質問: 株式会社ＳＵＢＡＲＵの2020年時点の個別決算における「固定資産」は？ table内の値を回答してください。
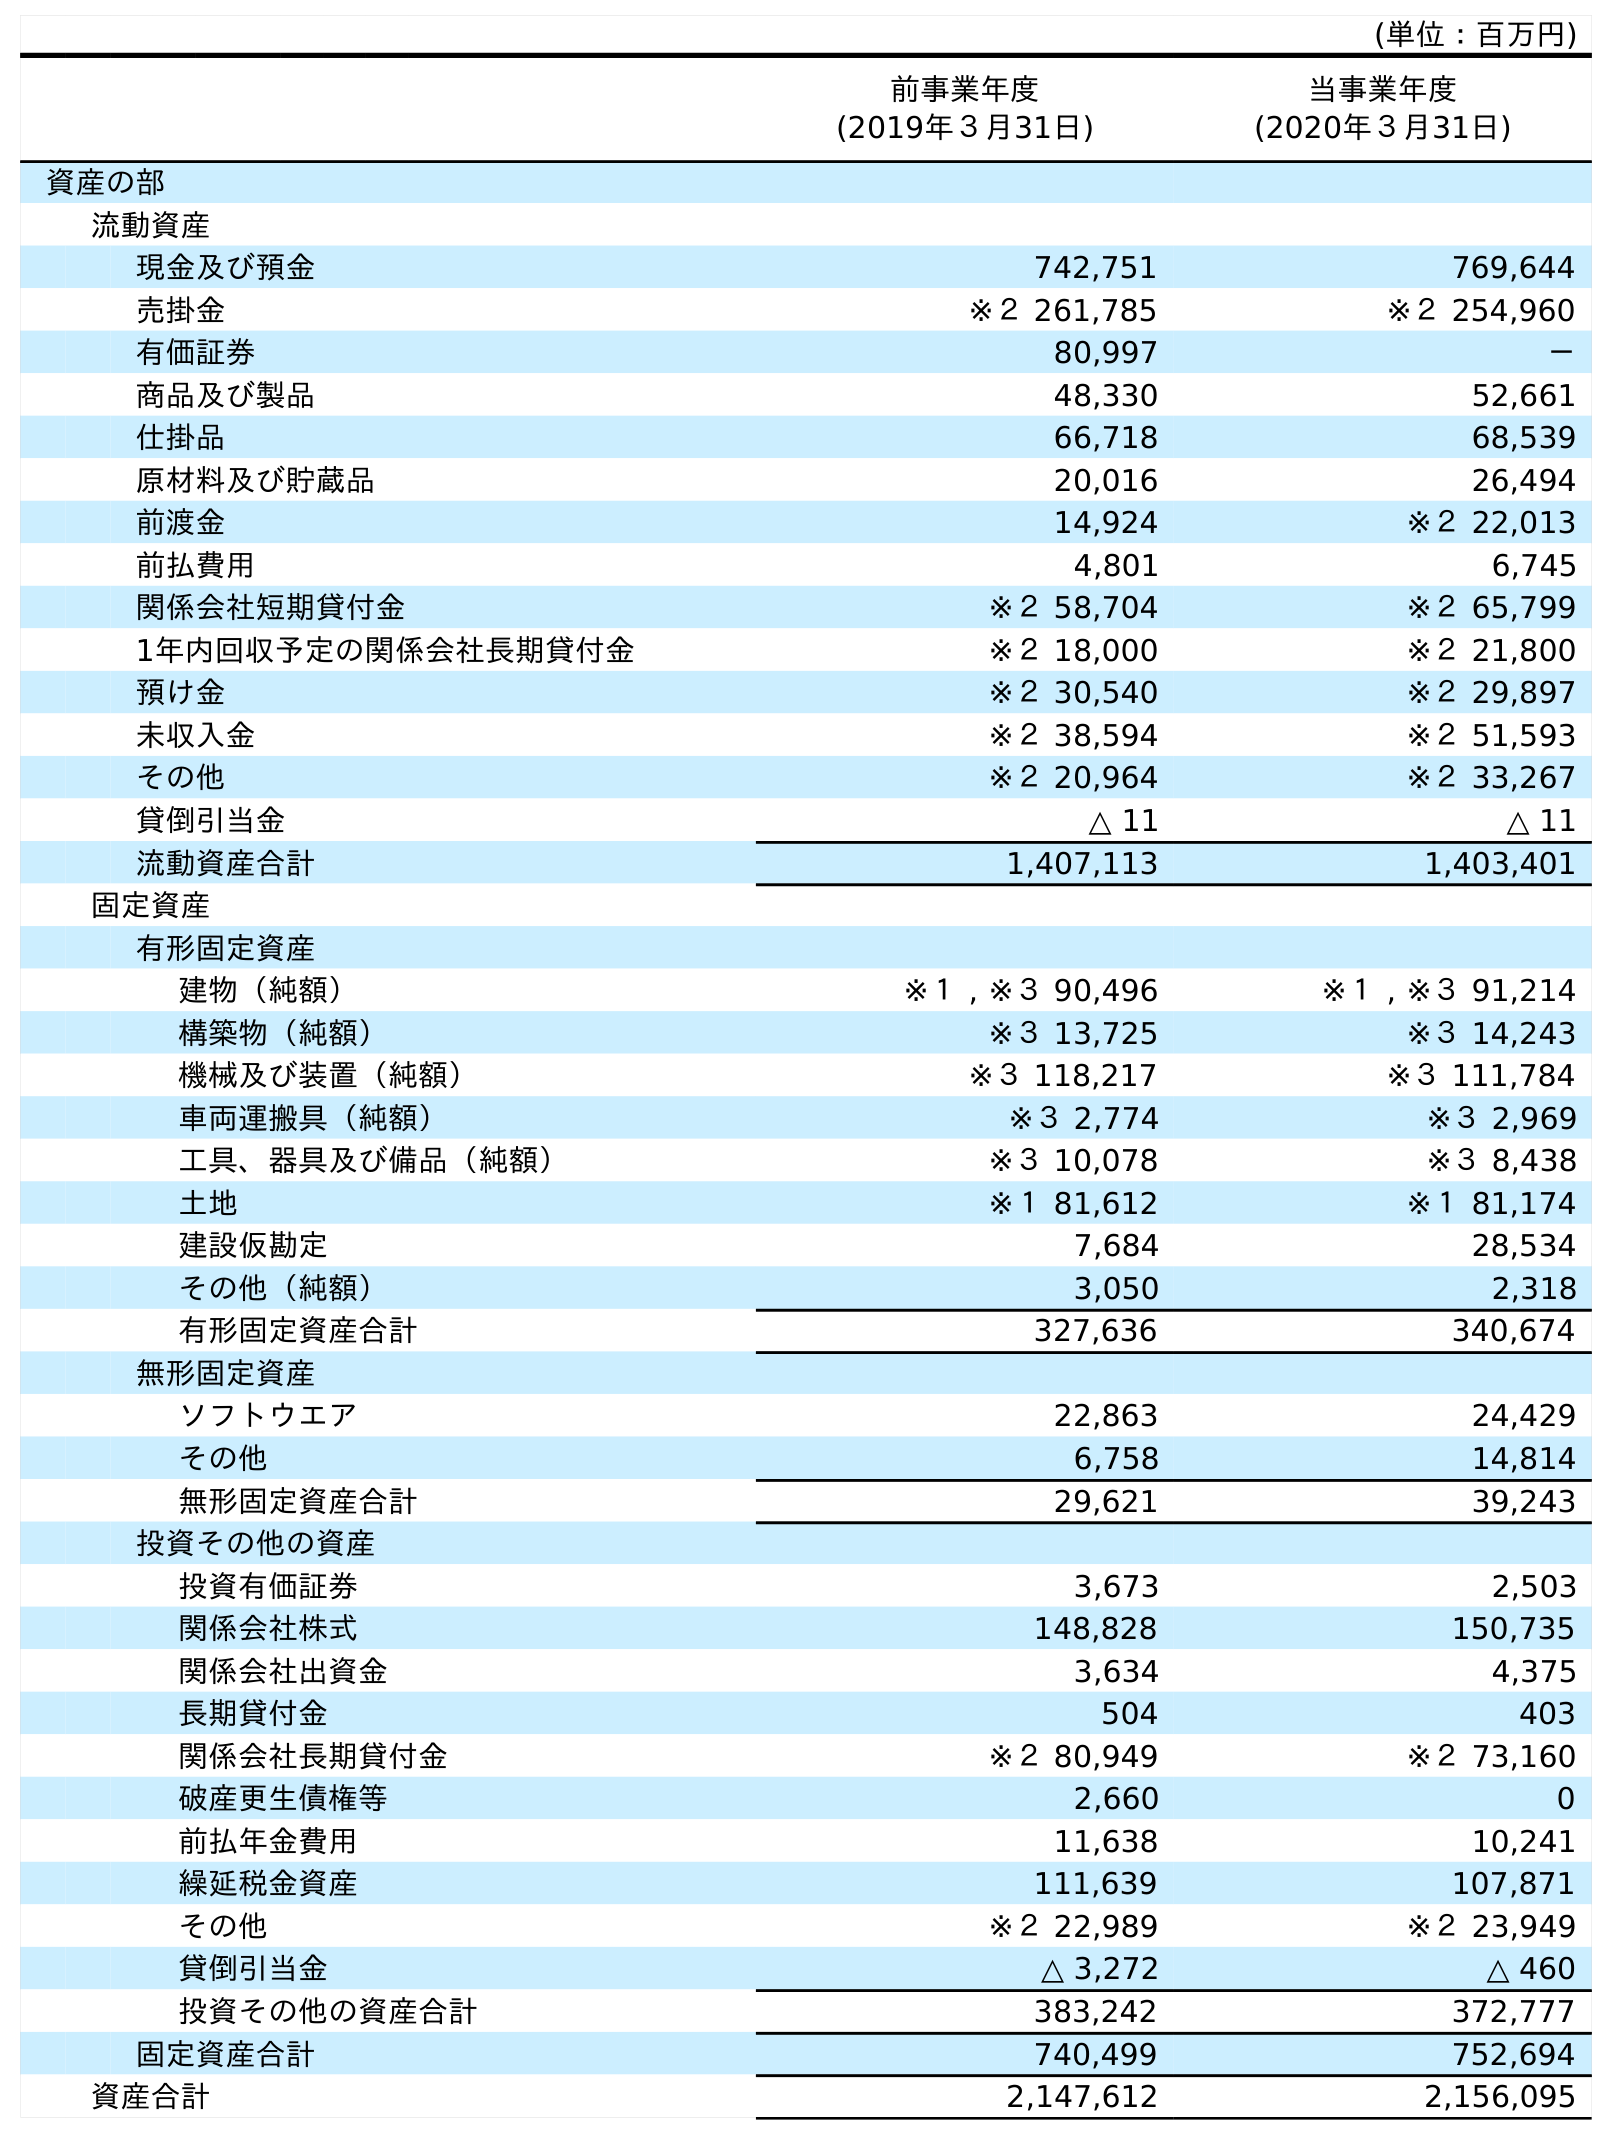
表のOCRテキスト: (単位：百万円) 前事業年度 (2019年３月31日) 当事業年度 (2020年３月31日) 資産の部 流動資産 現金及び預金 742,751 769,644 売掛金 ※２ 261,785 ※２ 254,960 有価証券 80,997 － 商品及び製品 48,330 52,661 仕掛品 66,718 68,539 原材料及び貯蔵品 20,016 26,494 前渡金 14,924 ※２ 22,013 前払費用 4,801 6,745 関係会社短期貸付金 ※２ 58,704 ※２ 65,799 1年内回収予定の関係会社長期貸付金 ※２ 18,000 ※２ 21,800 預け金 ※２ 30,540 ※２ 29,897 未収入金 ※２ 38,594 ※２ 51,593 その他 ※２ 20,964 ※２ 33,267 貸倒引当金 △ 11 △ 11 流動資産合計 1,407,113 1,403,401 固定資産 有形固定資産 建物（純額） ※１ , ※３ 90,496 ※１ , ※３ 91,214 構築物（純額） ※３ 13,725 ※３ 14,243 機械及び装置（純額） ※３ 118,217 ※３ 111,784 車両運搬具（純額） ※３ 2,774 ※３ 2,969 工具、器具及び備品（純額） ※３ 10,078 ※３ 8,438 土地 ※１ 81,612 ※１ 81,174 建設仮勘定 7,684 28,534 その他（純額） 3,050 2,318 有形固定資産合計 327,636 340,674 無形固定資産 ソフトウエア 22,863 24,429 その他 6,758 14,814 無形固定資産合計 29,621 39,243 投資その他の資産 投資有価証券 3,673 2,503 関係会社株式 148,828 150,735 関係会社出資金 3,634 4,375 長期貸付金 504 403 関係会社長期貸付金 ※２ 80,949 ※２ 73,160 破産更生債権等 2,660 0 前払年金費用 11,638 10,241 繰延税金資産 111,639 107,871 その他 ※２ 22,989 ※２ 23,949 貸倒引当金 △ 3,272 △ 460 投資その他の資産合計 383,242 372,777 固定資産合計 740,499 752,694 資産合計 2,147,612 2,156,095
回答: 752,694